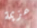
عزيمة